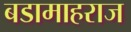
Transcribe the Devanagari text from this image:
बडामाहराज